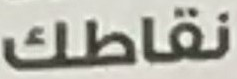
نقاطك